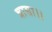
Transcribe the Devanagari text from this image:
त्रासा।।